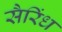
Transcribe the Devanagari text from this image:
सैरिंध